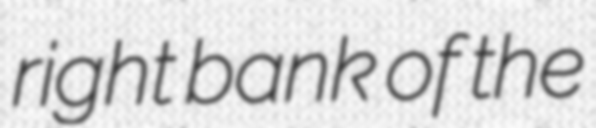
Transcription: right bank of the